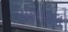
યશપાલ